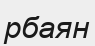
рбаян